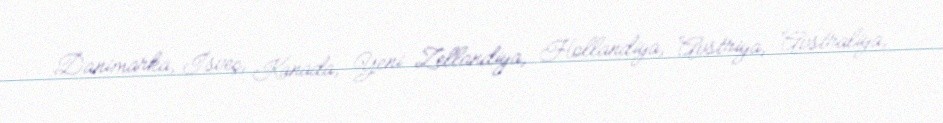
Danimarka, İsveç, Kanada, Yeni Zellandiya, Hollandiya, Avstriya, Avstraliya,